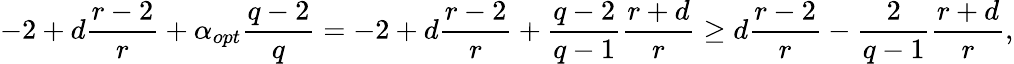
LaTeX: -2+d\frac{r-2}{r}+\alpha_{opt}\frac{q-2}{q}=-2+d\frac{r-2}{r}+\frac{q-2}{q-1}\frac{r+d}{r}\geq d\frac{r-2}{r}-\frac{2}{q-1}\frac{r+d}{r},